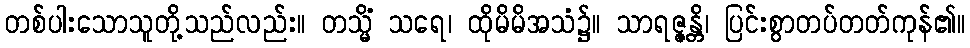
တစ်ပါးသောသူတို့သည်လည်း။ တသ္မိံ သရေ၊ ထိုမိမိအသံ၌။ သာရဇ္ဇန္တိ၊ ပြင်းစွာတပ်တတ်ကုန်၏။